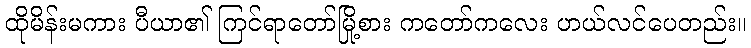
ထိုမိန်းမကား ပီယာ၏ ကြင်ရာတော်မြို့စား ကတော်ကလေး ဟယ်လင်ပေတည်း။